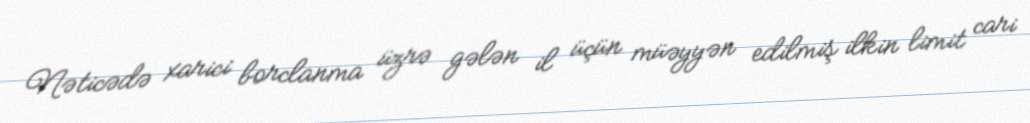
Nəticədə xarici borclanma üzrə gələn il üçün müəyyən edilmiş ilkin limit cari